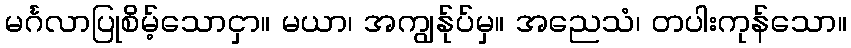
မင်္ဂလာပြုစိမ့်သောငှာ။ မယာ၊ အကျွန်ုပ်မှ။ အညေသံ၊ တပါးကုန်သော။